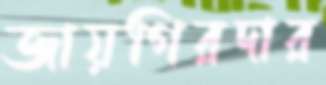
জায়গিরদার